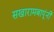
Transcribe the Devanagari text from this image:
सखारामबापूंनी